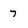
Character: 7